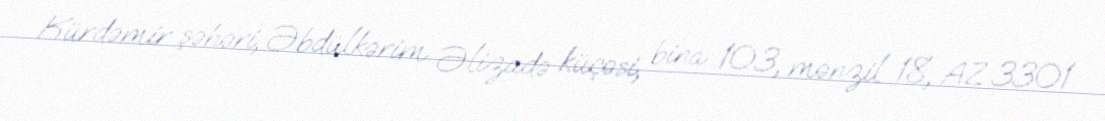
Kürdəmir şəhəri, Əbdülkərim Əlizadə küçəsi, bina 103, mənzil 18, AZ 3301